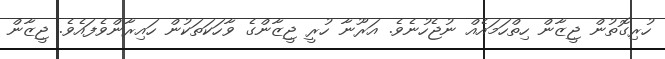
ހުރިގޮތުން ޖީޒާން ހިތްހަމައެއް ނުޖެހުނެވެ. އަރޫނާ ހުރީ ޖީޒާންގެ ވާހަކަތަކުން ހައިރާންވެފައެވެ. ޖީޒާން